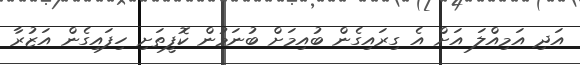
އަދި އަމިއްލަ އަށް އެ ގިރައިގެން ބުއިމަށް ބުނަމުން ކޮފީތަށި ހިފައިގެން އަޒުރާ